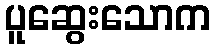
ပူဆွေးသောက